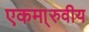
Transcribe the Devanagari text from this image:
एकमा्रुवीय